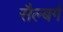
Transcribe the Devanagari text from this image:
सैल्बर्ग